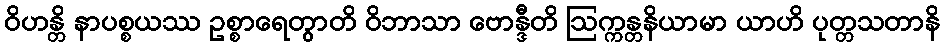
ဝိဟန္တိ နာပစ္စယဿ ဥစ္စာရေတွာတိ ဝိဘာသာ ဗောန္ဒီတိ ဩက္ကန္တနိယာမာ ယာဟိ ပုတ္တသတာနိ